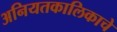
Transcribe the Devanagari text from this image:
अनियतकालिकाचे